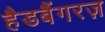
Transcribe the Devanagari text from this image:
हैडबैंगरज़